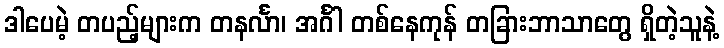
ဒါပေမဲ့ တပည့်များက တနင်္လာ၊ အင်္ဂါ တစ်နေကုန် တခြားဘာသာတွေ ရှိတဲ့သူနဲ့